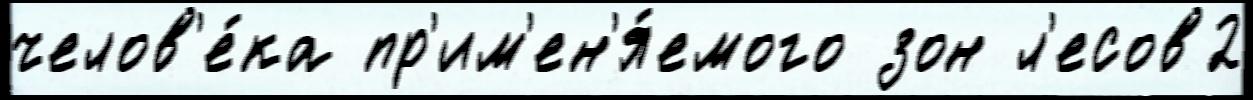
челов'е́ка пр'им'ен'я́емого зон л'есов2